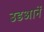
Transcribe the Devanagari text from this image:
उडआनें